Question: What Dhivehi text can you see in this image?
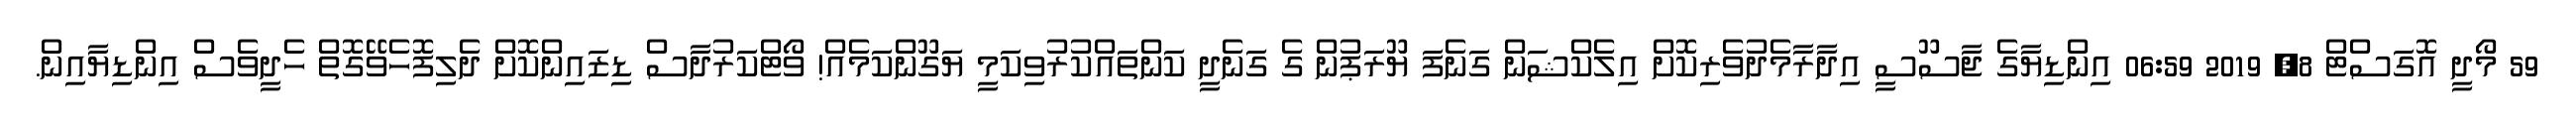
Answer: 59 މޯދީ އޮގަސްޓް 8, 2019 06:59 އިންޑިޔާގެ ޖާސޫސީ އިދާރާމެދުވެރިކޮށް އިލެކްޝަން ގަނެފަ ޔޫރަޕުން ގެ ގަނެދީ ކަންތައްކުރުވިކަމީ ޔަގޫންކަމެއް! ވޯޓްކަރުދާސް ޑިޒައިންކޮށް ދެލިފޮހެވޭގޮތް ހެދީވެސް އިންޑިޔާއިން.